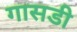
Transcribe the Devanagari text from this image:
गासडी